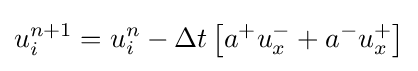
u_{i}^{n+1}=u_{i}^{n}-\Delta t\left[a^{+}u_{x}^{-}+a^{-}u_{x}^{+}\right]